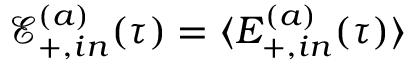
\mathcal { E } _ { + , i n } ^ { ( a ) } ( \tau ) = \langle E _ { + , i n } ^ { ( a ) } ( \tau ) \rangle